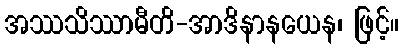
အဿသိဿာမီတိ-အာဒိနာနယေန၊ ဖြင့်။